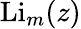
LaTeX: \operatorname{Li}_{m}(z)